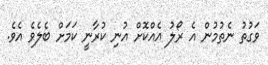
ވަގުތު ނެތުމުން އެ ރޯލު އެއްކޮށް އުނި ކުރާނީ ކަމަށް ބެލެވެ އެވެ.